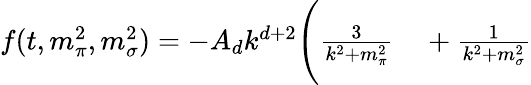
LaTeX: \begin{array}{rl}{f(t,m_{\pi}^{2},m_{\sigma}^{2})=-A_{d}k^{d+2}\Bigg(\frac{3}{k^{2}+m_{\pi}^{2}}}&{{}+\frac{1}{k^{2}+m_{\sigma}^{2}}}\end{array}